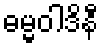
ဓမ္မဝါဒိနီ